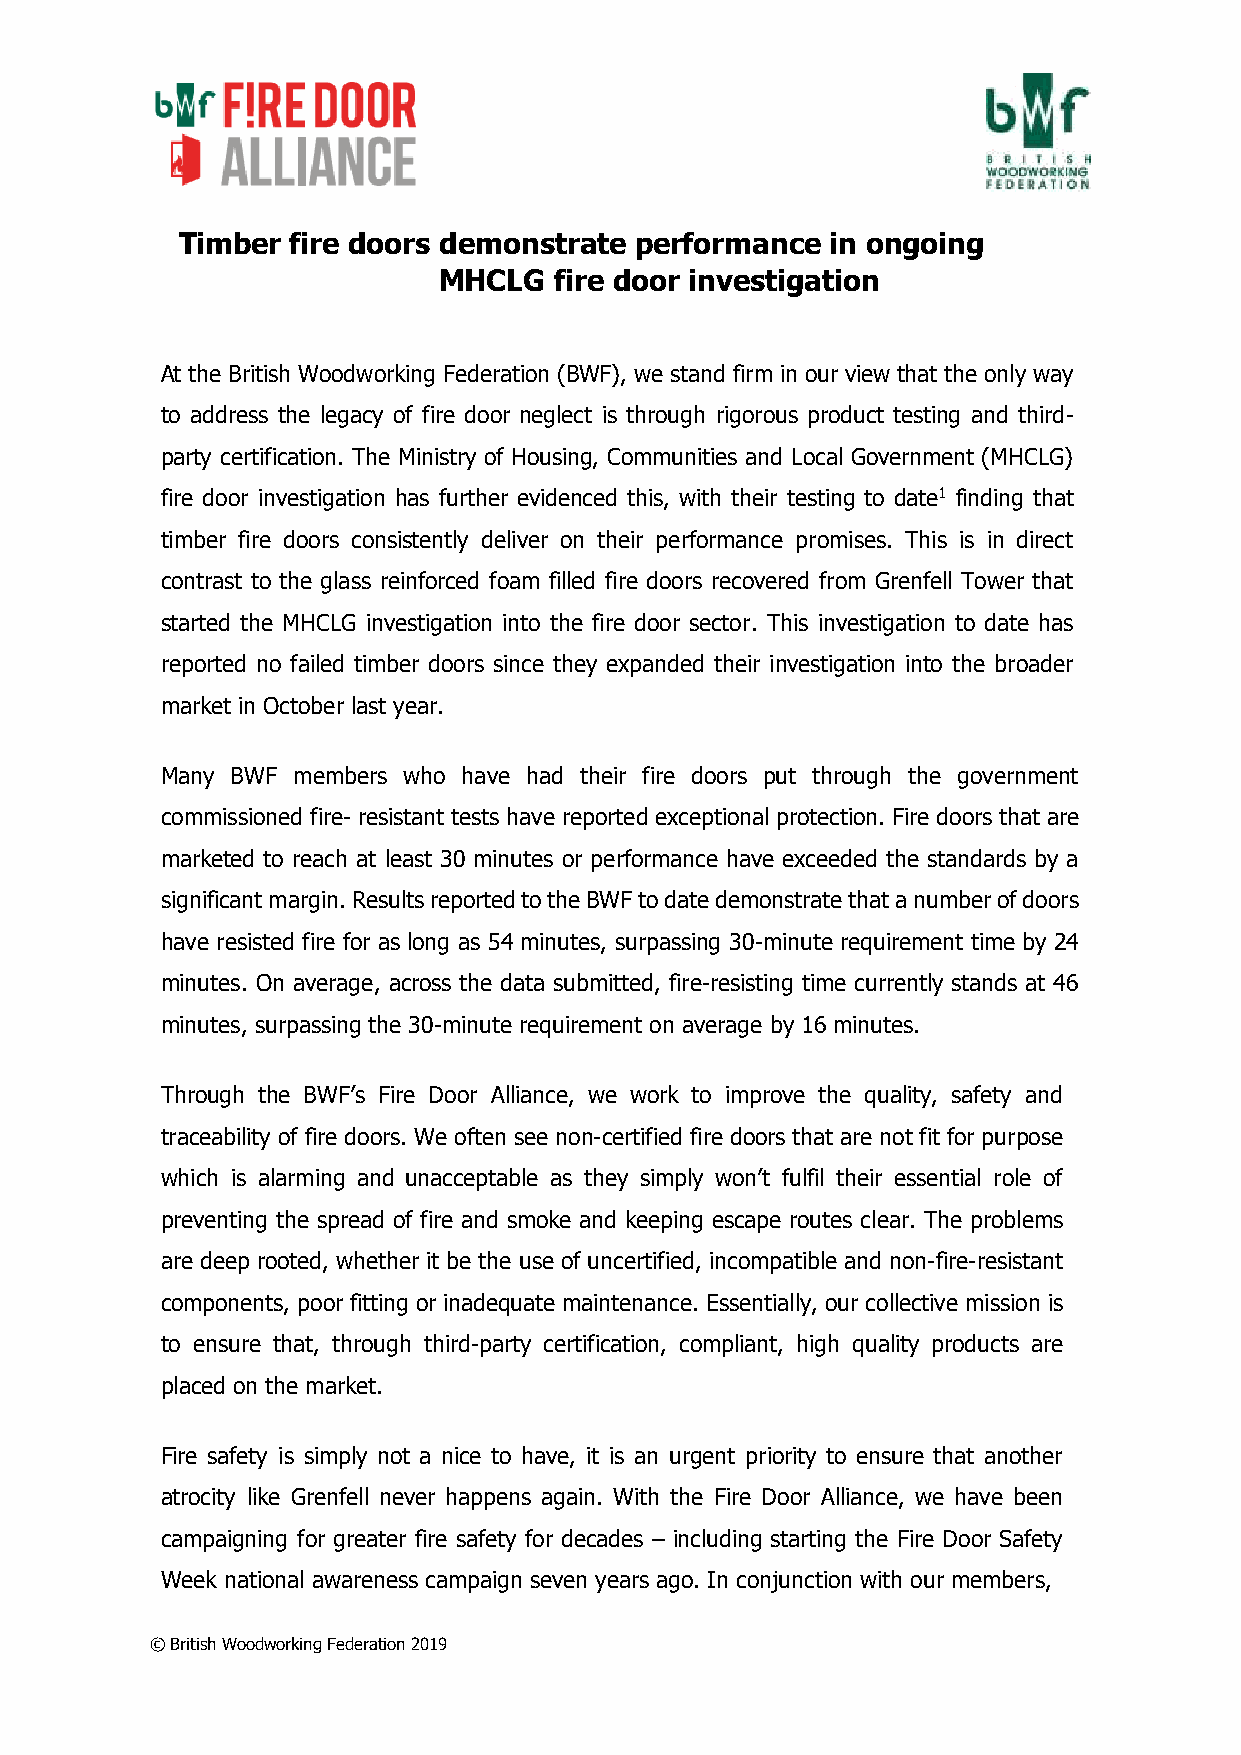
Timber fire doors demonstrate performance  in ongoing
 MHCLG   fire door investigation
 At the British Woodworking Federation (BWF), we stand firm in our view that the only way
 to address the legacy of fire door neglect is through rigorous product testing and third-
 party certification. The Ministry of Housing, Communities and Local Government (MHCLG)
 fire door investigation has further evidenced this, with their testing to date1 finding that
 timber fire doors consistently deliver on their performance promises. This is in direct
 contrast to the glass reinforced foam filled fire doors recovered from Grenfell Tower that
 started the MHCLG investigation into the fire door sector. This investigation to date has
 reported no failed timber doors since they expanded their investigation into the broader
 market in October last year.
 Many BWF members who have had their fire doors put through the government
 commissioned fire- resistant tests have reported exceptional protection. Fire doors that are
 marketed to reach at least 30 minutes or performance have exceeded the standards by a
 significant margin. Results reported to the BWF to date demonstrate that a number of doors
 have resisted fire for as long as 54 minutes, surpassing 30-minute requirement time by 24
 minutes. On average, across the data submitted, fire-resisting time currently stands at 46
 minutes, surpassing the 30-minute requirement on average by 16 minutes.
 Through the BWF’s Fire Door Alliance, we work to improve the quality, safety and
 traceability of fire doors. We often see non-certified fire doors that are not fit for purpose
 which is alarming and unacceptable as they simply won’t fulfil their essential role of
 preventing the spread of fire and smoke and keeping escape routes clear. The problems
 are deep rooted, whether it be the use of uncertified, incompatible and non-fire-resistant
 components, poor fitting or inadequate maintenance. Essentially, our collective mission is
 to ensure that, through third-party certification, compliant, high quality products are
 placed on the market.
 Fire safety is simply not a nice to have, it is an urgent priority to ensure that another
 atrocity like Grenfell never happens again. With the Fire Door Alliance, we have been
 campaigning for greater fire safety for decades – including starting the Fire Door Safety
 Week national awareness campaign seven years ago. In conjunction with our members,
 © British Woodworking Federation 2019